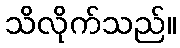
သိလိုက်သည်။